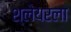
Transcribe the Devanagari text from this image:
श्लेयरला